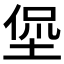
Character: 𱗁